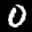
Label: 0